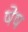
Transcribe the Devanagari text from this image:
षेष